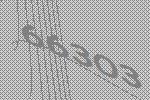
66303